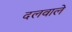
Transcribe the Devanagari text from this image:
दलवाले